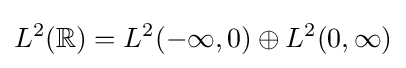
L^{2}(\mathbb {R} )=L^{2}(-\infty ,0)\oplus L^{2}(0,\infty )